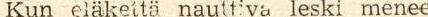
Kun eläkettä nauttiva leski menee